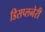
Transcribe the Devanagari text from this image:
डिसप्लनेरी